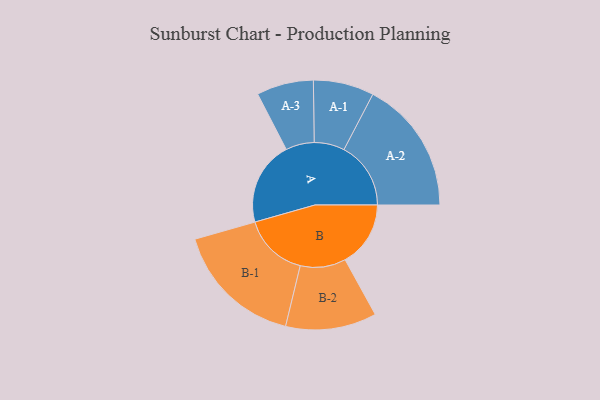
{"axis": {"x": "Segment", "y": "Value"}, "legend": ["", "A", "B"], "data": [{"x": "A", "y": 366, "type": ""}, {"x": "B", "y": 285, "type": ""}, {"x": "A-1", "y": 132, "type": "A"}, {"x": "A-2", "y": 291, "type": "A"}, {"x": "A-3", "y": 124, "type": "A"}, {"x": "B-1", "y": 282, "type": "B"}, {"x": "B-2", "y": 198, "type": "B"}]}